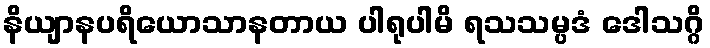
နိယျာနပရိယောသာနတာယ ပါရုပါမိ ရသသမ္ပဒံ ဒေါသဂ္ဂိ